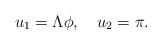
\begin{align*}u_{1}=\Lambda\phi,\quad u_{2}=\pi.\end{align*}